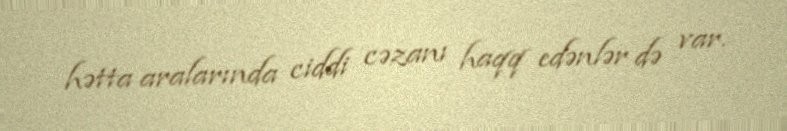
hətta aralarında ciddi cəzanı haqq edənlər də var.